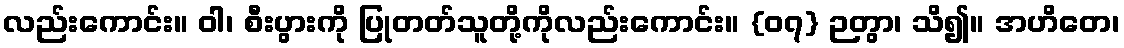
လည်းကောင်း။ ဝါ၊ စီးပွားကို ပြုတတ်သူတို့ကိုလည်းကောင်း။ {၀၇} ဉတွာ၊ သိ၍။ အဟိတေ၊